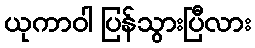
ယုကာဝါ ပြန်သွားပြီလား